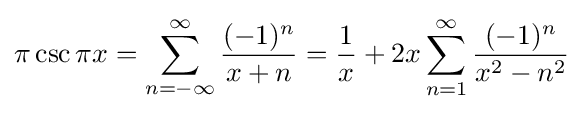
\pi \csc \pi x=\sum _{n=-\infty }^{\infty }{\frac {(-1)^{n}}{x+n}}={\frac {1}{x}}+2x\sum _{n=1}^{\infty }{\frac {(-1)^{n}}{x^{2}-n^{2}}}